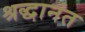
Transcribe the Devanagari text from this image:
श्रद्धानंत